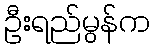
ဦးရည်မွန်က